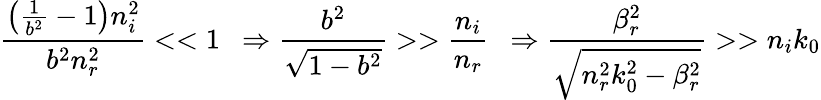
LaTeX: \frac{\left(\frac{1}{b^{2}}-1\right)n_{i}^{2}}{b^{2}n_{r}^{2}}<<1\, \, \, \Rightarrow\frac{b^{2}}{\sqrt{1-b^{2}}}>>\frac{n_{i}}{n_{r}}\, \, \, \Rightarrow\frac{\beta_{r}^{2}}{\sqrt{n_{r}^{2}k_{0}^{2}-\beta_{r}^{2}}}>>n_{i}k_{0}